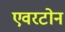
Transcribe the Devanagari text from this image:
एवरटोन